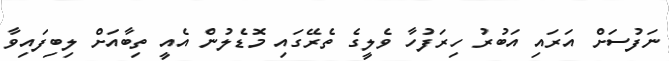
ނަފުސަށް އަރައި އަބުރު ހިރަފުހާ ވެލީގެ ތެރޭގައި މޮޑެލުން އެއީ ތިބާއަށް ލިބިފައިވާ